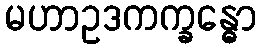
မဟာဥဒကက္ခန္ဓော